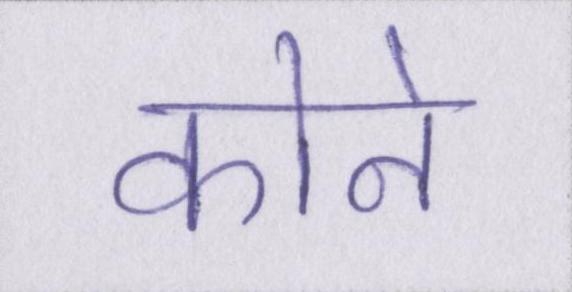
कोने